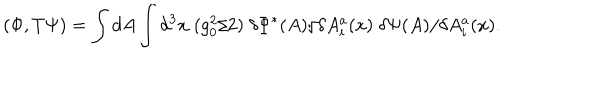
( \Phi , T \Psi ) = \int d A \int d ^ { 3 } x \; ( g _ { 0 } ^ { 2 } / 2 ) \; \delta \Phi ^ { * } ( A ) / \delta A _ { i } ^ { a } ( x ) \; \delta \Psi ( A ) / \delta A _ { i } ^ { a } ( x ) .